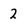
Character: 2